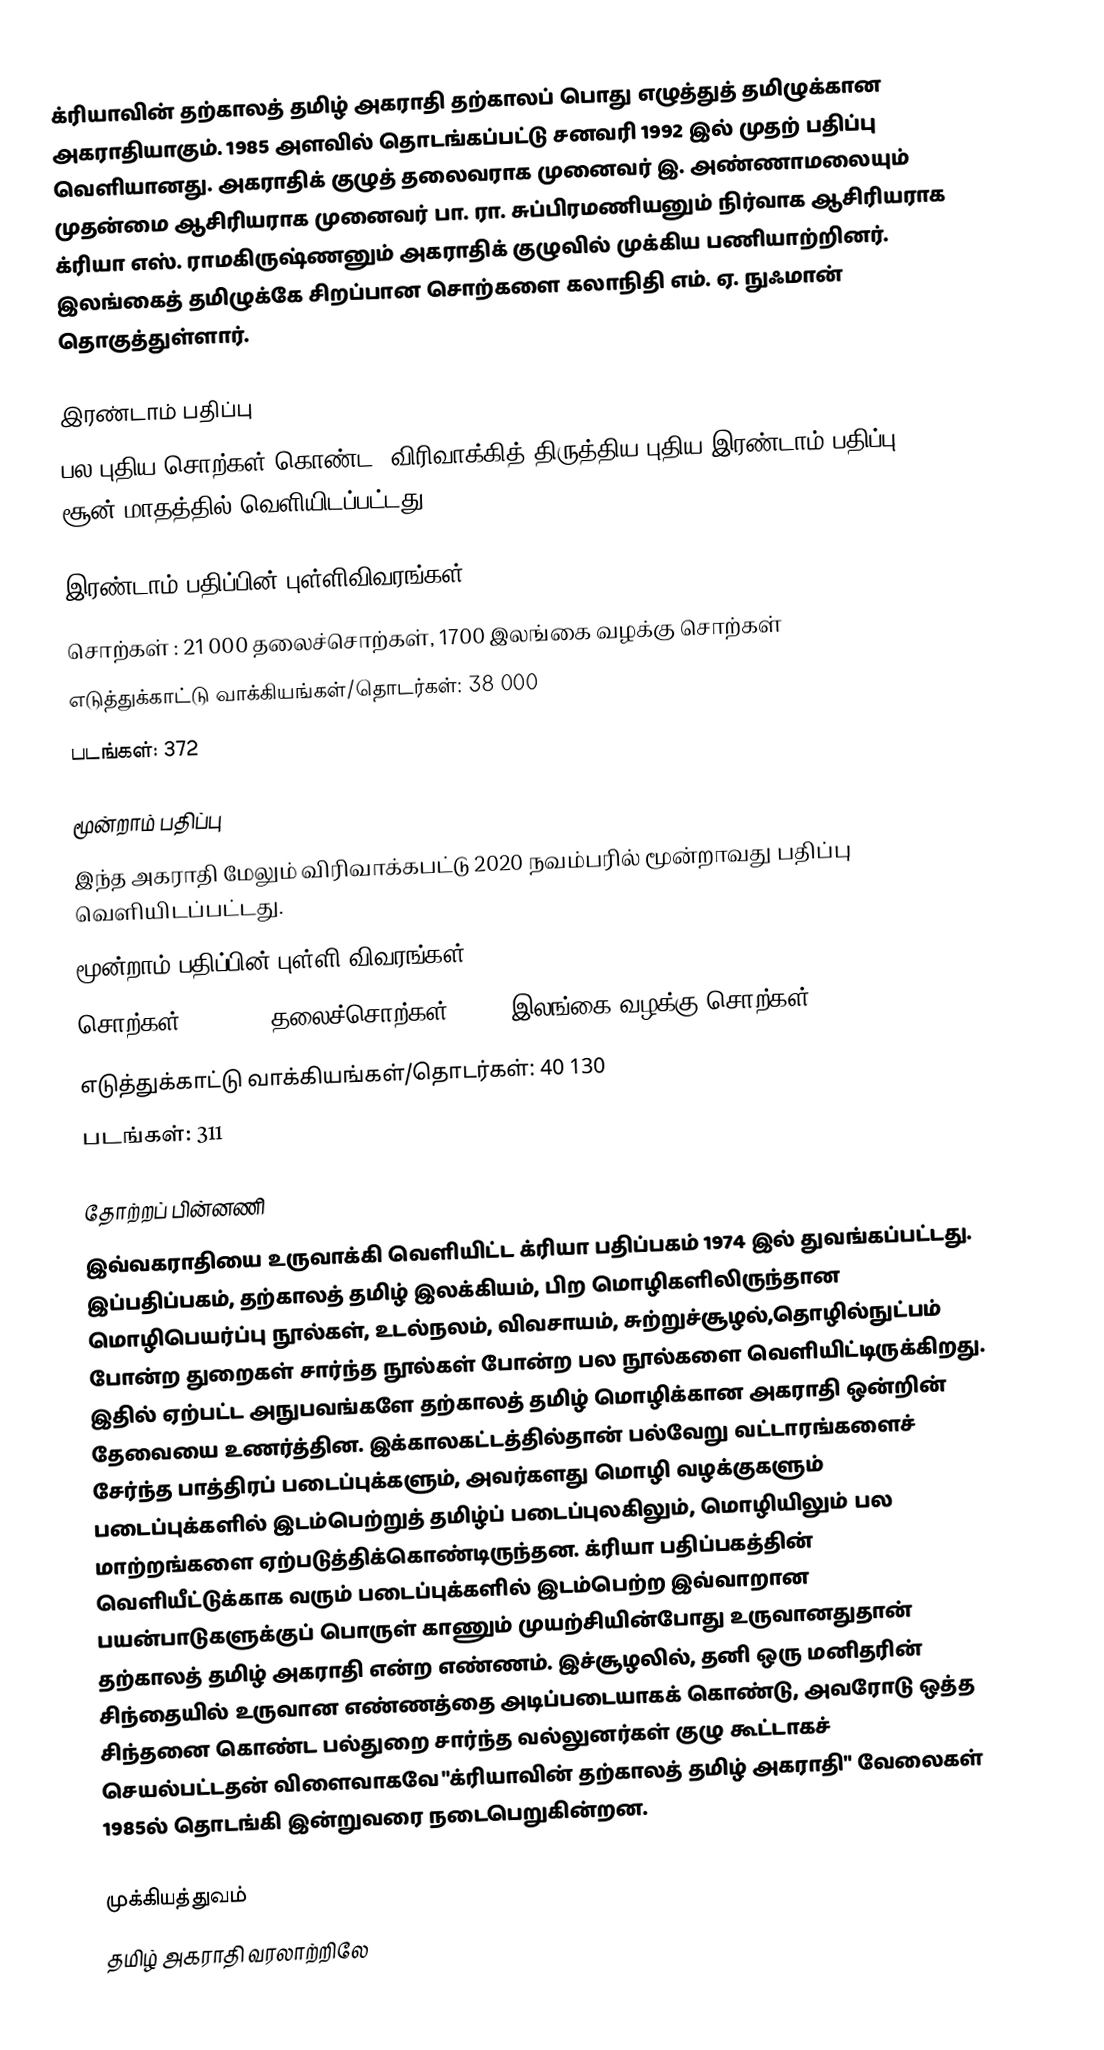
க்ரியாவின் தற்காலத் தமிழ் அகராதி தற்காலப் பொது எழுத்துத் தமிழுக்கான அகராதியாகும். 1985 அளவில் தொடங்கப்பட்டு சனவரி 1992 இல் முதற் பதிப்பு வெளியானது.  அகராதிக் குழுத் தலைவராக முனைவர் இ. அண்ணாமலையும் முதன்மை ஆசிரியராக முனைவர் பா. ரா. சுப்பிரமணியனும் நிர்வாக ஆசிரியராக க்ரியா எஸ். ராமகிருஷ்ணனும் அகராதிக் குழுவில் முக்கிய பணியாற்றினர்.  இலங்கைத் தமிழுக்கே சிறப்பான சொற்களை கலாநிதி எம். ஏ. நுஃமான் தொகுத்துள்ளார்.

இரண்டாம் பதிப்பு
பல புதிய சொற்கள் கொண்ட, விரிவாக்கித் திருத்திய புதிய இரண்டாம் பதிப்பு, 2008 சூன் மாதத்தில் வெளியிடப்பட்டது.

இரண்டாம் பதிப்பின் புள்ளிவிவரங்கள்
 சொற்கள் : 21 000 தலைச்சொற்கள், 1700 இலங்கை வழக்கு சொற்கள்
 எடுத்துக்காட்டு வாக்கியங்கள்/தொடர்கள்: 38 000
 படங்கள்: 372

மூன்றாம் பதிப்பு
இந்த அகராதி மேலும் விரிவாக்கபட்டு 2020 நவம்பரில் மூன்றாவது பதிப்பு வெளியிடப்பட்டது.
மூன்றாம் பதிப்பின் புள்ளி விவரங்கள்
 சொற்கள் : 23 800 தலைச்சொற்கள், 2632 இலங்கை வழக்கு சொற்கள்
 எடுத்துக்காட்டு வாக்கியங்கள்/தொடர்கள்: 40 130
 படங்கள்: 311

தோற்றப் பின்னணி
இவ்வகராதியை உருவாக்கி வெளியிட்ட க்ரியா பதிப்பகம் 1974 இல் துவங்கப்பட்டது. இப்பதிப்பகம், தற்காலத் தமிழ் இலக்கியம், பிற மொழிகளிலிருந்தான மொழிபெயர்ப்பு நூல்கள், உடல்நலம், விவசாயம், சுற்றுச்சூழல்,தொழில்நுட்பம் போன்ற துறைகள் சார்ந்த நூல்கள் போன்ற பல நூல்களை வெளியிட்டிருக்கிறது. இதில் ஏற்பட்ட அநுபவங்களே தற்காலத் தமிழ் மொழிக்கான அகராதி ஒன்றின் தேவையை உணர்த்தின. இக்காலகட்டத்தில்தான் பல்வேறு வட்டாரங்களைச் சேர்ந்த பாத்திரப் படைப்புக்களும், அவர்களது மொழி வழக்குகளும் படைப்புக்களில் இடம்பெற்றுத் தமிழ்ப் படைப்புலகிலும், மொழியிலும் பல மாற்றங்களை ஏற்படுத்திக்கொண்டிருந்தன. க்ரியா பதிப்பகத்தின் வெளியீட்டுக்காக வரும் படைப்புக்களில் இடம்பெற்ற இவ்வாறான பயன்பாடுகளுக்குப் பொருள் காணும் முயற்சியின்போது உருவானதுதான் தற்காலத் தமிழ் அகராதி என்ற எண்ணம். இச்சூழலில், தனி ஒரு மனிதரின் சிந்தையில் உருவான எண்ணத்தை அடிப்படையாகக் கொண்டு, அவரோடு ஒத்த சிந்தனை கொண்ட பல்துறை சார்ந்த வல்லுனர்கள் குழு கூட்டாகச் செயல்பட்டதன் விளைவாகவே "க்ரியாவின் தற்காலத் தமிழ் அகராதி" வேலைகள் 1985ல் தொடங்கி இன்றுவரை நடைபெறுகின்றன.

முக்கியத்துவம்
தமிழ் அகராதி வரலாற்றிலே